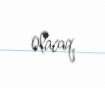
olacaq.